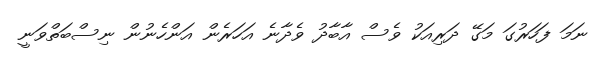
ނަމަ ފަހަރުގަ މަގޭ ދަރިއަކު ވެސް އާބާދު ވެދާނެ އަހަރެން އަންހެނުން ނިސްބަތްވަނީ